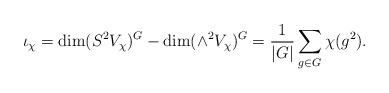
LaTeX: \begin{align*}\iota_\chi=\dim (S^2 V_\chi)^G-\dim(\wedge^2 V_\chi)^G=\frac{1}{|G|}\sum_{g\in G}\chi(g^2).\end{align*}